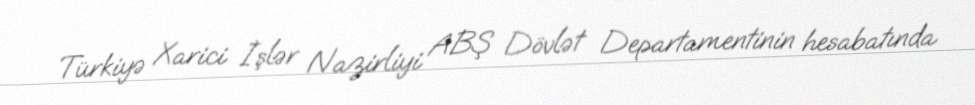
Türkiyə Xarici İşlər Nazirliyi ABŞ Dövlət Departamentinin hesabatında